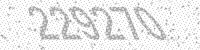
Solution: 229270